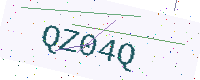
Text: QZ04Q